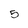
Character: 5